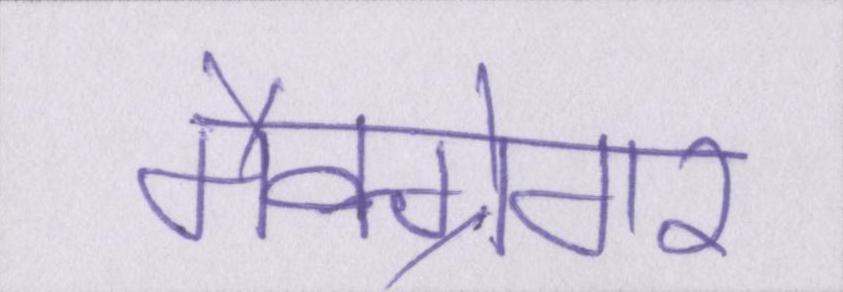
मैक्ग्रेगर